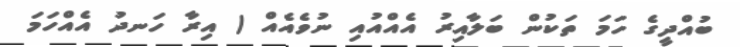
ބުއްދީގެ ހަމަ ތަކުން ބަލާއިރު އެއްއުއި ނުވެއެއް ( އިރާ ހަނދު އެއްހަމަ